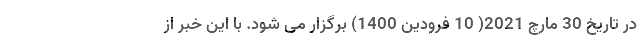
در تاریخ 30 مارچ 2021( 10 فرودین 1400) برگزار می شود. با این خبر از